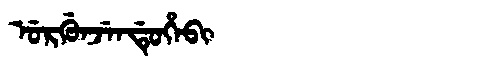
Manchu: ᡠᡵᡤᡠᠨᠵᡝᠨᡩᡠᡥᡝᠪᡳ
Romanization: URGUNJENDUHEBI